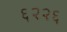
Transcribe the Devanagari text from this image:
६२२६